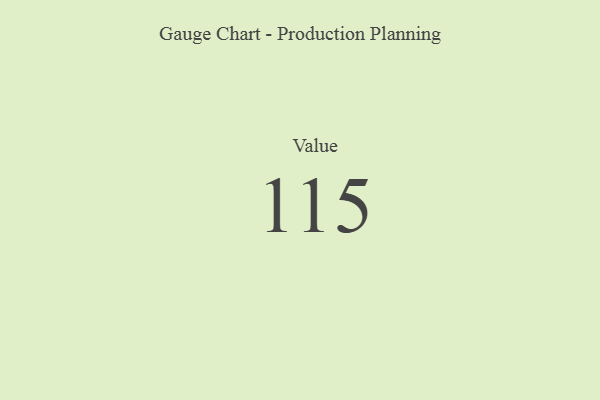
{"axis": {"x": "Metric", "y": "Value"}, "legend": [""], "data": [{"x": "Value", "y": 115, "type": ""}]}